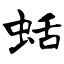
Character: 蛞